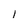
Character: I